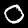
Digit: 0